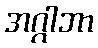
အဂ္ဂါဘာ